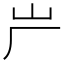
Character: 屵